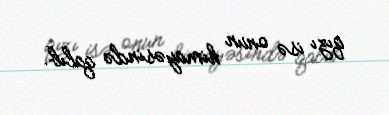
qızı isə onun himayəsində qalıb.